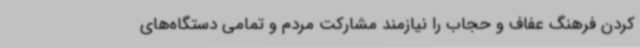
کردن فرهنگ عفاف و حجاب را نیازمند مشارکت مردم و تمامی دستگاه‌های